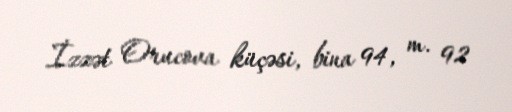
İzzət Orucova küçəsi, bina 94, m. 92